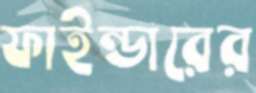
ফাইন্ডারের